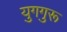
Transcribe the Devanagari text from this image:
युगगुरू